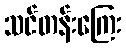
သင်တန်းကြေး